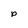
Character: p